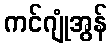
ကင်ဂျုံအွန်